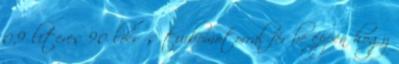
0,9 literes 90 lóerős turbómotorral fér be éppen hogy